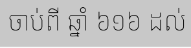
ចាប់ពី ឆ្នាំ ៦១៦ ដល់